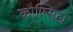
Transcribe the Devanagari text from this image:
कौण्सिल्र